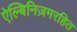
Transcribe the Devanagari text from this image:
ऐल्बिनिज़मरहित